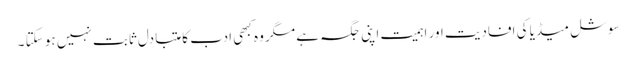
سوشل میڈیا کی افادیت اور اہمیت اپنی جگہ ہے مگر وہ کبھی ادب کا متبادل ثابت نہیں ہو سکتا ۔